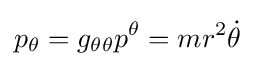
p_{\theta }=g_{\theta \theta }p^{\theta }=mr^{2}{\dot {\theta }}